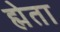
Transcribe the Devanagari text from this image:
ह्मेता